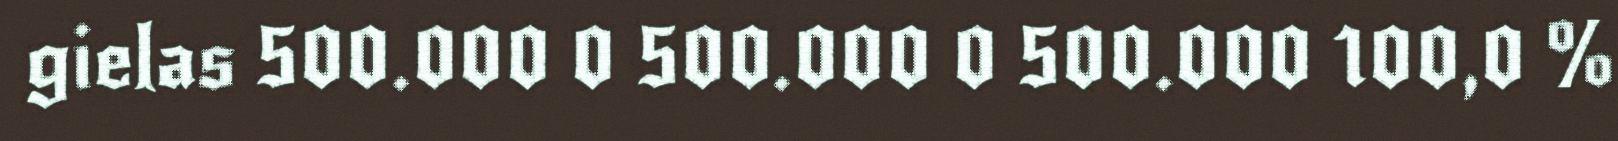
gielas 500.000 0 500.000 0 500.000 100,0 %